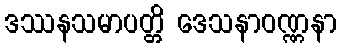
ဒဿနသမာပတ္တိ ဒေသနာဝဏ္ဏနာ